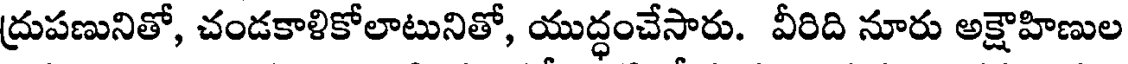
ద్రుపణునితో, చండకాళికోలాటునితో, యుద్ధంచేసారు. వీరిది నూరు అక్షౌహిణుల